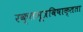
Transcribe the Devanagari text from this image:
रक्तमूत्रविषाक्तता